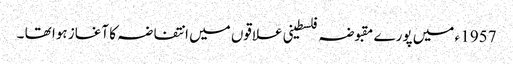
1957 ء میں پورے مقبوضہ فلسطینی علاقوں میں انتفاضہ کا آغاز ہوا تھا ۔